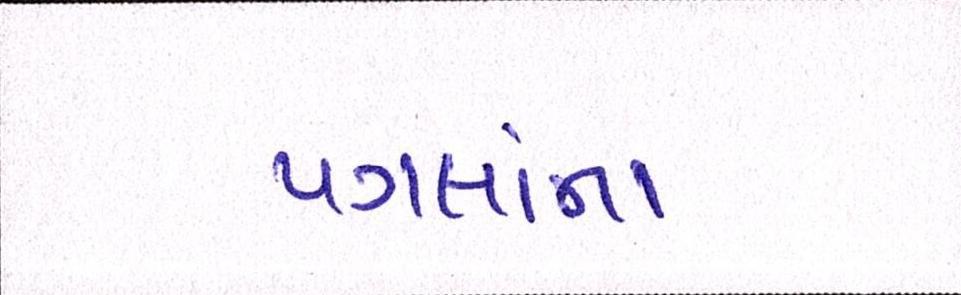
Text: પગલાંના